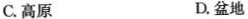
C.高原 D.盆地